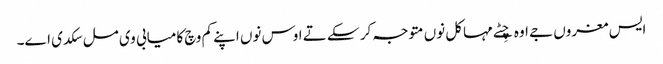
ایس مغروں جے اوہ چِٹے مہاکل نوں متوجہ کر سکے تے اوس نوں اپنے کم وچ کامیابی وی مل سکدی اے۔